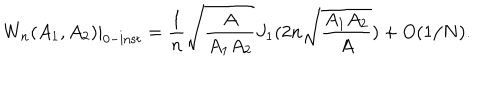
LaTeX: W _ { n } ( A _ { 1 } , A _ { 2 } ) | _ { 0 - \mathrm { i n s t } } = \frac { 1 } { n } \sqrt { \frac { A } { A _ { 1 } A _ { 2 } } } J _ { 1 } ( 2 n \sqrt { \frac { A _ { 1 } A _ { 2 } } { A } } ) + O ( 1 / N ) .